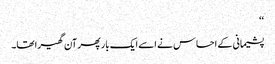
‘‘
پشیمانی کے احساس نے اسے ایک بار پھر آن گھیرا تھا۔